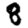
Digit: 8